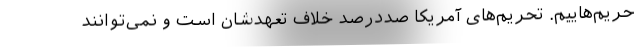
حریم‌هاییم. تحریم‌های آمریکا صددرصد خلاف تعهدشان است و نمی‌توانند